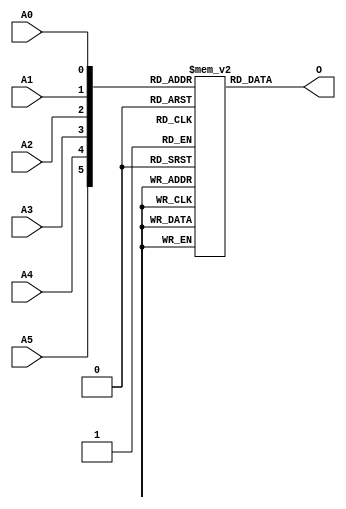
// $Header: /devl/xcs/repo/env/Databases/CAEInterfaces/verunilibs/s/ROM64X1.v,v 1.8 2003/01/21 01:55:43 wloo Exp $

/*

FUNCTION	: ROM 64x1

*/

`timescale  100 ps / 10 ps


module ROM64X1 (O, A0, A1, A2, A3, A4, A5);

    parameter INIT = 64'h0000000000000000;

    output O;

    input  A0, A1, A2, A3, A4, A5;

    wire dout;
    wire [5:0] adr;

    reg mem [0:63];
    reg  [15:0] count;

    buf b0 (adr[5], A5);
    buf b1 (adr[4], A4);
    buf b2 (adr[3], A3);
    buf b3 (adr[2], A2);
    buf b4 (adr[1], A1);
    buf b5 (adr[0], A0);
    buf b6 (O, dout);

    initial begin
	for(count = 0; count < 64; count = count + 1)
	    mem[count] = INIT[count];
    end

    assign dout = mem[adr];

    specify
	(A5 => O) = (0, 0);
	(A4 => O) = (0, 0);
	(A3 => O) = (0, 0);
	(A2 => O) = (0, 0);
	(A1 => O) = (0, 0);
	(A0 => O) = (0, 0);
    endspecify

endmodule